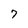
Character: 7